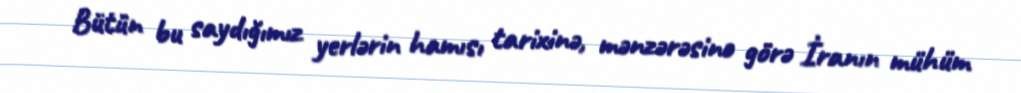
Bütün bu saydığımız yerlərin hamısı tarixinə, mənzərəsinə görə İranın mühüm